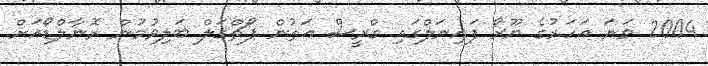
2004 ވަނަ އަހަރުގެ ޔޫރޯ ފައިނަލްގައި ގްރީސް އަތުން ޕޯޗްގަލް ބަލިވުމުން ރޮނާލްޑޯއަށް